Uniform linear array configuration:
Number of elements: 32
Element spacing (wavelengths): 0.25
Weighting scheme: blackman
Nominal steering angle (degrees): -30
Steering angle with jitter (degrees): -29.713
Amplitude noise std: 0.05
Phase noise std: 0.05

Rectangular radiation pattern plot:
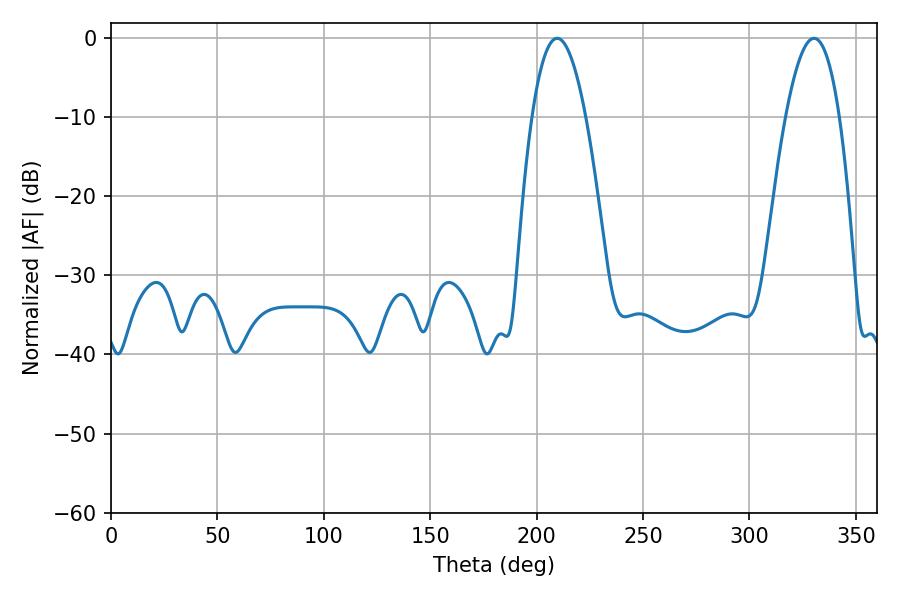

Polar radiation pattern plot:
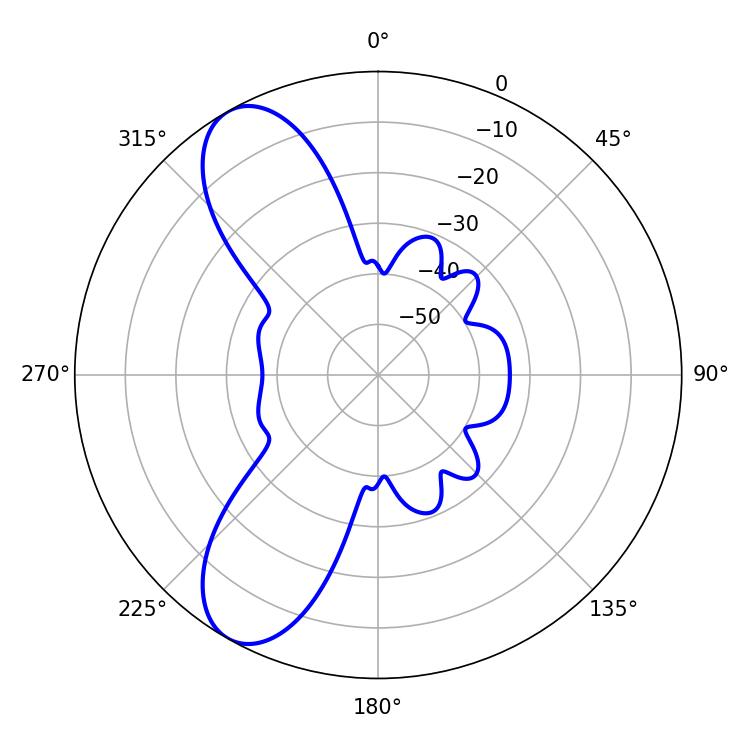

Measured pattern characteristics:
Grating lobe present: FALSE
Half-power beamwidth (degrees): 14.04
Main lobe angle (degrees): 209.7